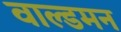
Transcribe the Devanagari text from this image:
वाल्डमन